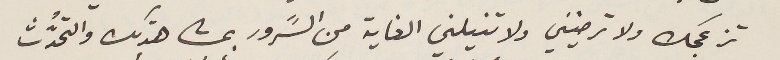
تزعجك ولا ترضيني ولا تنيلني الغاية من السًرور بمشاهدتك والتحدُّث